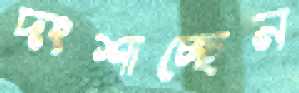
দংশাচ্ছেন